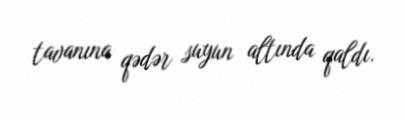
tavanına qədər suyun altında qaldı.